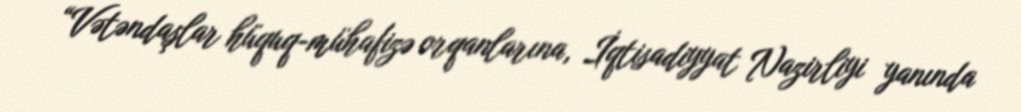
“Vətəndaşlar hüquq-mühafizə orqanlarına, İqtisadiyyat Nazirliyi yanında